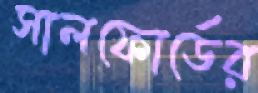
সালফোর্ডের